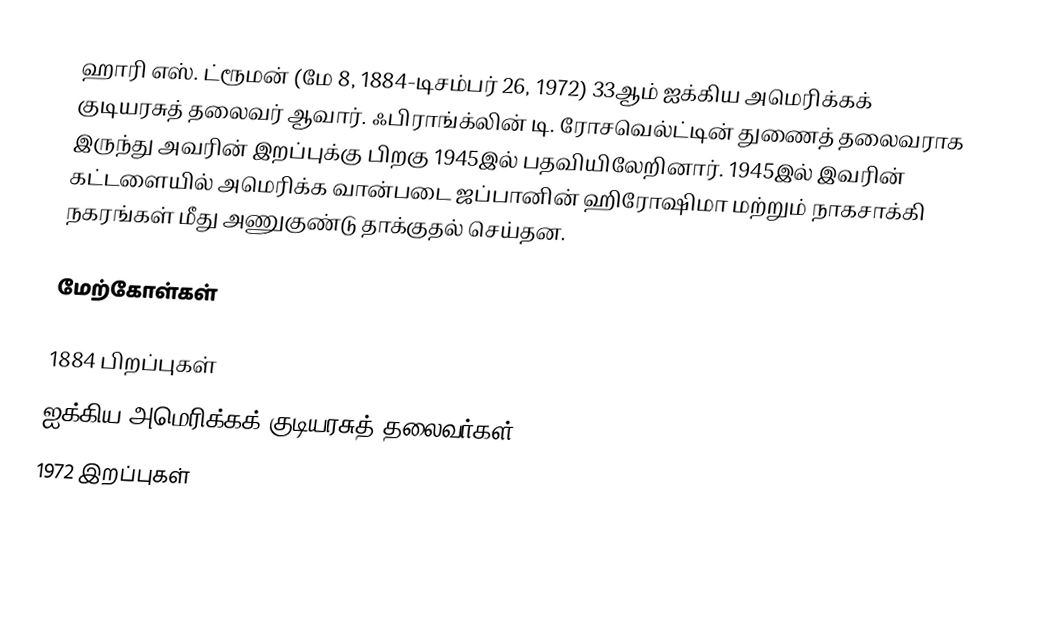
ஹாரி எஸ். ட்ரூமன் (மே 8, 1884-டிசம்பர் 26, 1972) 33ஆம் ஐக்கிய அமெரிக்கக் குடியரசுத் தலைவர் ஆவார். ஃபிராங்க்லின் டி. ரோசவெல்ட்டின் துணைத் தலைவராக இருந்து அவரின் இறப்புக்கு பிறகு 1945இல் பதவியிலேறினார். 1945இல் இவரின் கட்டளையில் அமெரிக்க வான்படை ஜப்பானின் ஹிரோஷிமா மற்றும் நாகசாக்கி நகரங்கள் மீது அணுகுண்டு தாக்குதல் செய்தன.

மேற்கோள்கள்

1884 பிறப்புகள்
ஐக்கிய அமெரிக்கக் குடியரசுத் தலைவர்கள்
1972 இறப்புகள்